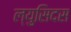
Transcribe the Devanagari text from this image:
ल्युसिदस